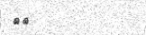
١٩